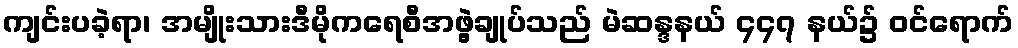
ကျင်းပခဲ့ရာ၊ အမျိုးသားဒီမိုကရေစီအဖွဲ့ချုပ်သည် မဲဆန္ဒနယ် ၄၄၇ နယ်၌ ဝင်ရောက်